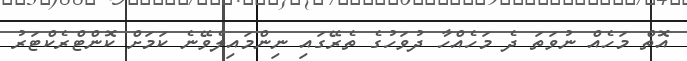
އޮތް މަހެއް ނުވަތަ ދެ މަހެއްހާ ދުވަހުގެ ތެރޭގައި ނިންމައިލެވޭނެ ކަމަށް ކޮންޓްރެކްޓަރު